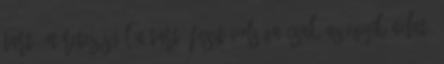
tartó méretezésnél a tartó fesztávolsága csak az egyik adat,